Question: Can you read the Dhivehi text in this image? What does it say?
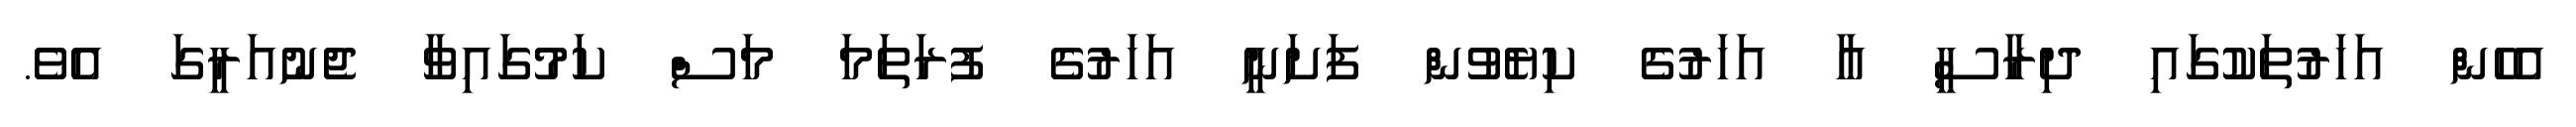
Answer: އެހެން އަހަރުތަކުގައި ދިރާސީ އާ އަހަރުގެ ކިޔެވުން ފަށަނީ އަހަރުގެ ފުރަތަމަ މަސް ކަމުގައިވާ ޖެނުއަރީގަ އެވެ.